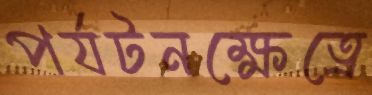
পর্যটনক্ষেত্রে